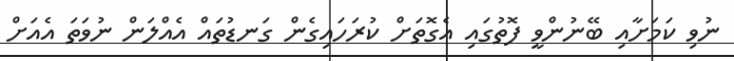
ނުވި ކަމަށާއި ބޭނުންވީ ފޮތުގައި އެގޮތަށް ކުރަހައިގެން ގަނޑުތައް އެއްލަން ނުވަތަ އެއަށް